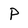
Character: p